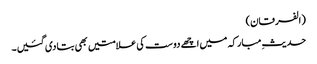
(الفرقان)
حدیثِ مبارکہ میں اچھے دوست کی علامتیں بھی بتادی گئیں۔